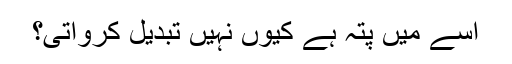
اسے میں پتہ ہے کیوں نہیں تبدیل کرواتی؟